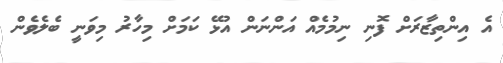
އެ އިންތިޒާރަށް ފޮނި ނިމުމެއް އަންނަން އުޅޭ ކަމަށް މިހާރު މިވަނީ ބެލެވެން